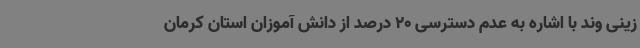
زینی وند با اشاره به عدم دسترسی 20 درصد از دانش آموزان استان کرمان